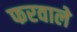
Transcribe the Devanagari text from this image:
फरवाले